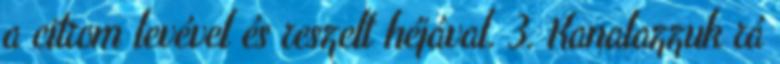
a citrom levével és reszelt héjával. 3. Kanalazzuk rá